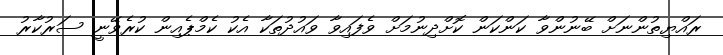
ރައްޔިތުންނަށް ބޭނުންވާ ކަންކަން ކޮށްދިނުމަށް ވެފައިވާ ވައުދުތަކާ އެކު ކެމްޕެއިން ކުރެވޭނީ ސަރުކާރު